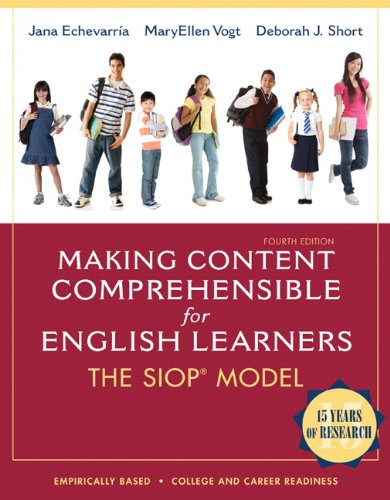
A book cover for Making Content Comprehensible for English Learners: The SIOP Model (4th Edition); Jana J. Echevarria; Education & Teaching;